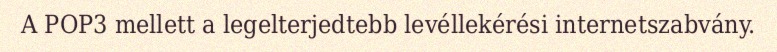
A POP3 mellett a legelterjedtebb levéllekérési internetszabvány.